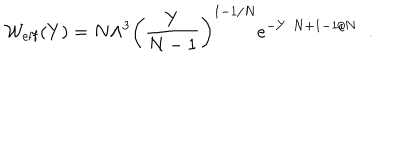
{ \cal W } _ { \mathrm { e f f } } ( Y ) = N \Lambda ^ { 3 } \left( \frac { Y } { N - 1 } \right) ^ { 1 - 1 / N } e ^ { - Y / N + 1 - 1 / N } \; \; .